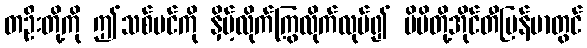
တဦးတို့ကို ဤသစ်ပင်ကို နှိမ့်လိုက်ကြွလိုက်လုပ်၍ မိမိတို့အိုင်တီမြန်မာတွင်